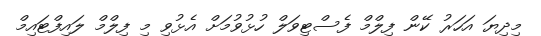
މިދިޔަ އަހަރު ކޭން ފިލްމް ފެސްޓިވަލް ހުޅުވުމަށް އެޅުވި މި ފިލްމް ލައިފްޓައިމް